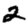
Digit: 2